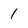
Character: 1